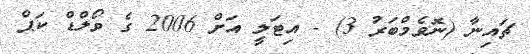
ޗައިނާ (ނޮވެމްބަރު 3) - އިޓަލީ އަށް 2006 ގެ ވޯލްޑް ކަޕް